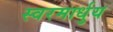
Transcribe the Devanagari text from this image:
स्‍वरमार्धुय